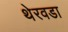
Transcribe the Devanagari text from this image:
थेरवडा